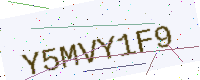
Text: Y5MVY1F9